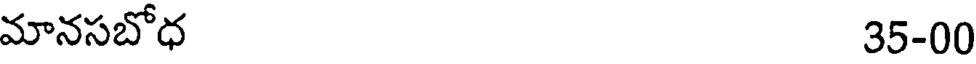
మానసబోధ 35-00